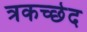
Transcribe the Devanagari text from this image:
त्रकच्छेद